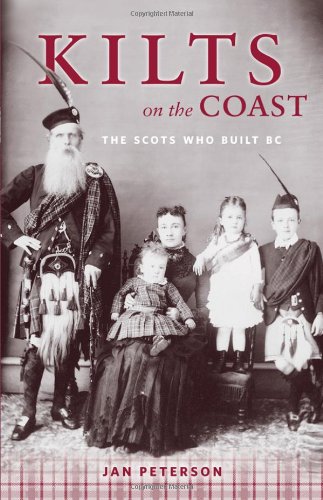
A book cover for Kilts on the Coast: The Scots Who Built BC; Jan Peterson; Biographies & Memoirs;